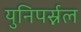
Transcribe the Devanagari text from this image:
युनिपर्स्नल